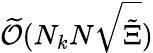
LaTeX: \widetilde{\mathcal{O}}(N_{k}N\sqrt{\tilde{\Xi}})